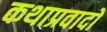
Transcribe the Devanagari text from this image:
कथाप्रवादों